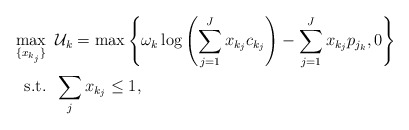
\begin{align*}\max_{\{x_{k_j}\}} &\;\; \mathcal{U}_k=\max \left\{ \omega_k \log\left(\sum_{j=1}^J x_{k_j}c_{k_j}\right) - \sum_{j=1}^J x_{k_j}p_{j_k}, 0 \right\} \\\mbox{s.t.} &\;\; \sum_j x_{k_j} \leq 1, \end{align*}